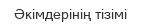
Әкімдерінің тізімі